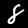
Label: 8